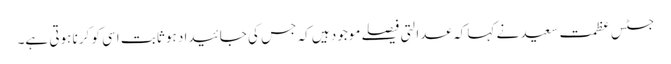
جسٹس عظمت سعید نے کہا کہ عدالتی فیصلے موجود ہیں کہ جس کی جائیداد ہو ثابت اسی کو کرنا ہوتی ہے۔